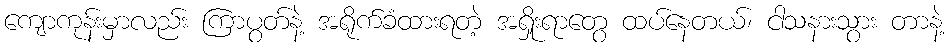
ကျောကုန်းမှာလည်း ကြာပွတ်နဲ့ အရိုက်ခံထားရတဲ့ အရှိုးရာတွေ ထပ်နေတယ်၊ ငါသနားသွား တာနဲ့